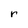
Character: r